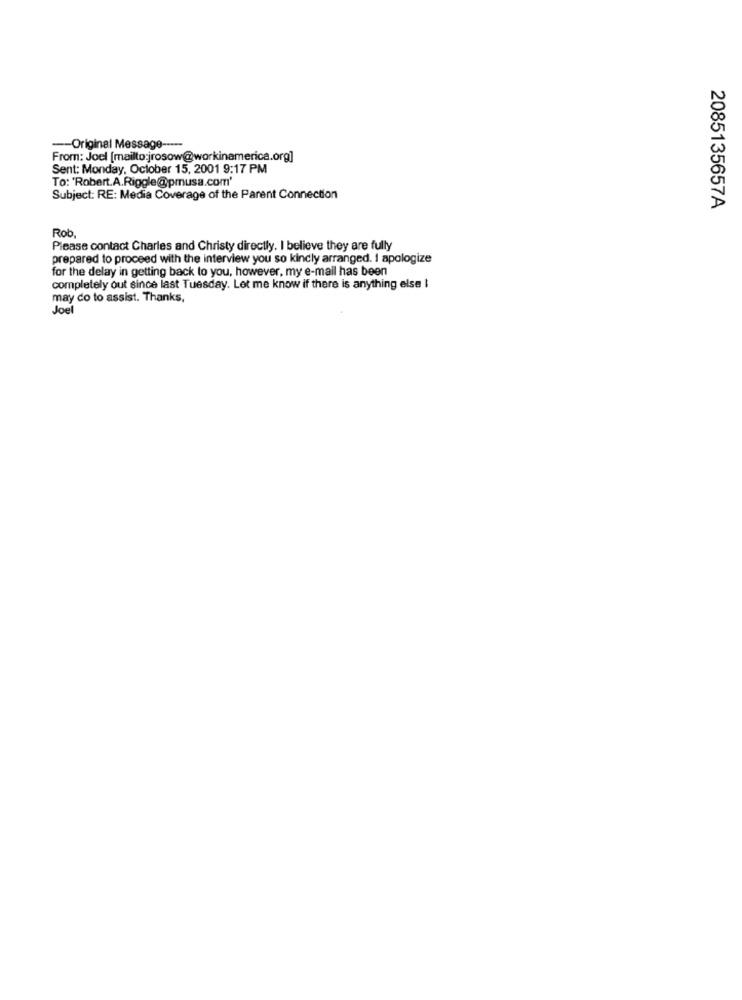
-- Original Message -----
From: Joel [mailto:jrosow@workinamerica.org]
Sent: Monday, October 15, 2001 9:17 PM
To: 'Robert.A.Riggle@pmusa.com'
Subject: RE: Media Coverage of the Parent Connection
2085135657A
Rob
Please contact Charles and Christy directly. I believe they are fully
prepared to proceed with the interview you so kindly arranged. I apologize
for the delay in getting back to you, however, my e-mail has been
completely out since last Tuesday. Let me know if there is anything else I
may do to assist. Thanks,
Joel